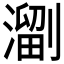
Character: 𱨳